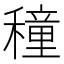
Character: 穜